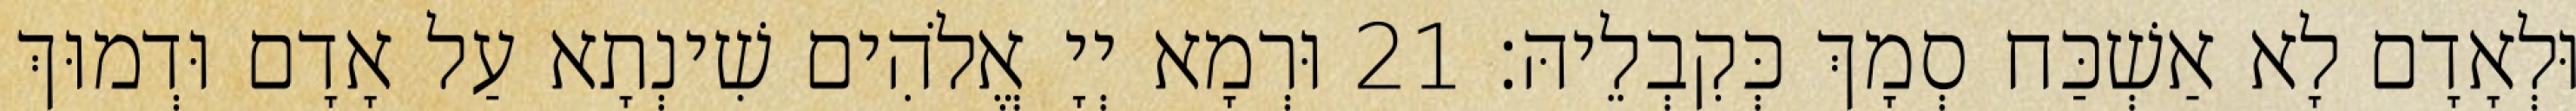
וּלְאָדָם לָא אַשְׁכַּח סְמָךְ כְּקִבְלֵיהּ׃ 21 וּרְמָא יְיָ אֱלֹהִים שִׁינְתָא עַל אָדָם וּדְמוּךְ